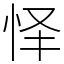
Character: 怿